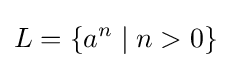
L=\{a^{n}\mid n>0\}